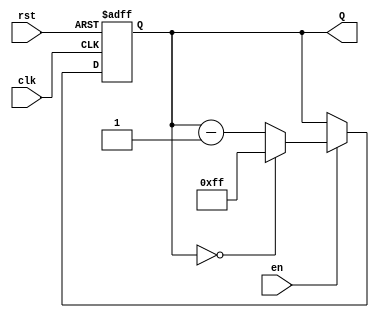
module binary_down_counter #(
    parameter N = 8  // Parameter for the number of bits (default is 8)
)(
    input wire clk,     // Clock signal
    input wire rst,     // Asynchronous reset signal
    input wire en,      // Enable signal
    output reg [N-1:0] Q // n-bit counter output
);

// Maximum count value (for an N-bit counter)
localparam MAX_COUNT = (1 << N) - 1; // 2^N - 1

// Sequential logic block
always @(posedge clk or posedge rst) begin
    if (rst) begin
        Q <= MAX_COUNT; // Reset to maximum value
    end else if (en) begin
        if (Q == 0) begin
            Q <= MAX_COUNT; // Wrap around to maximum value
        end else begin
            Q <= Q - 1; // Decrement the counter
        end
    end
end

endmodule